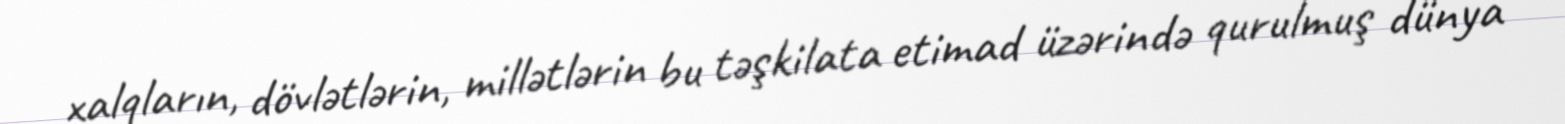
xalqların, dövlətlərin, millətlərin bu təşkilata etimad üzərində qurulmuş dünya